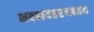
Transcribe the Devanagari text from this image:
भवभयहरणनाथ